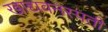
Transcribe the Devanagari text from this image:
खाद्यवनस्पती